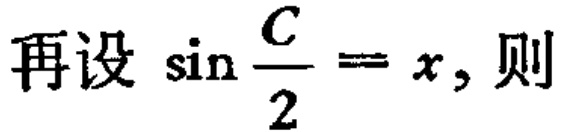
再设\(\sin\frac{C}{2}=x\)，则